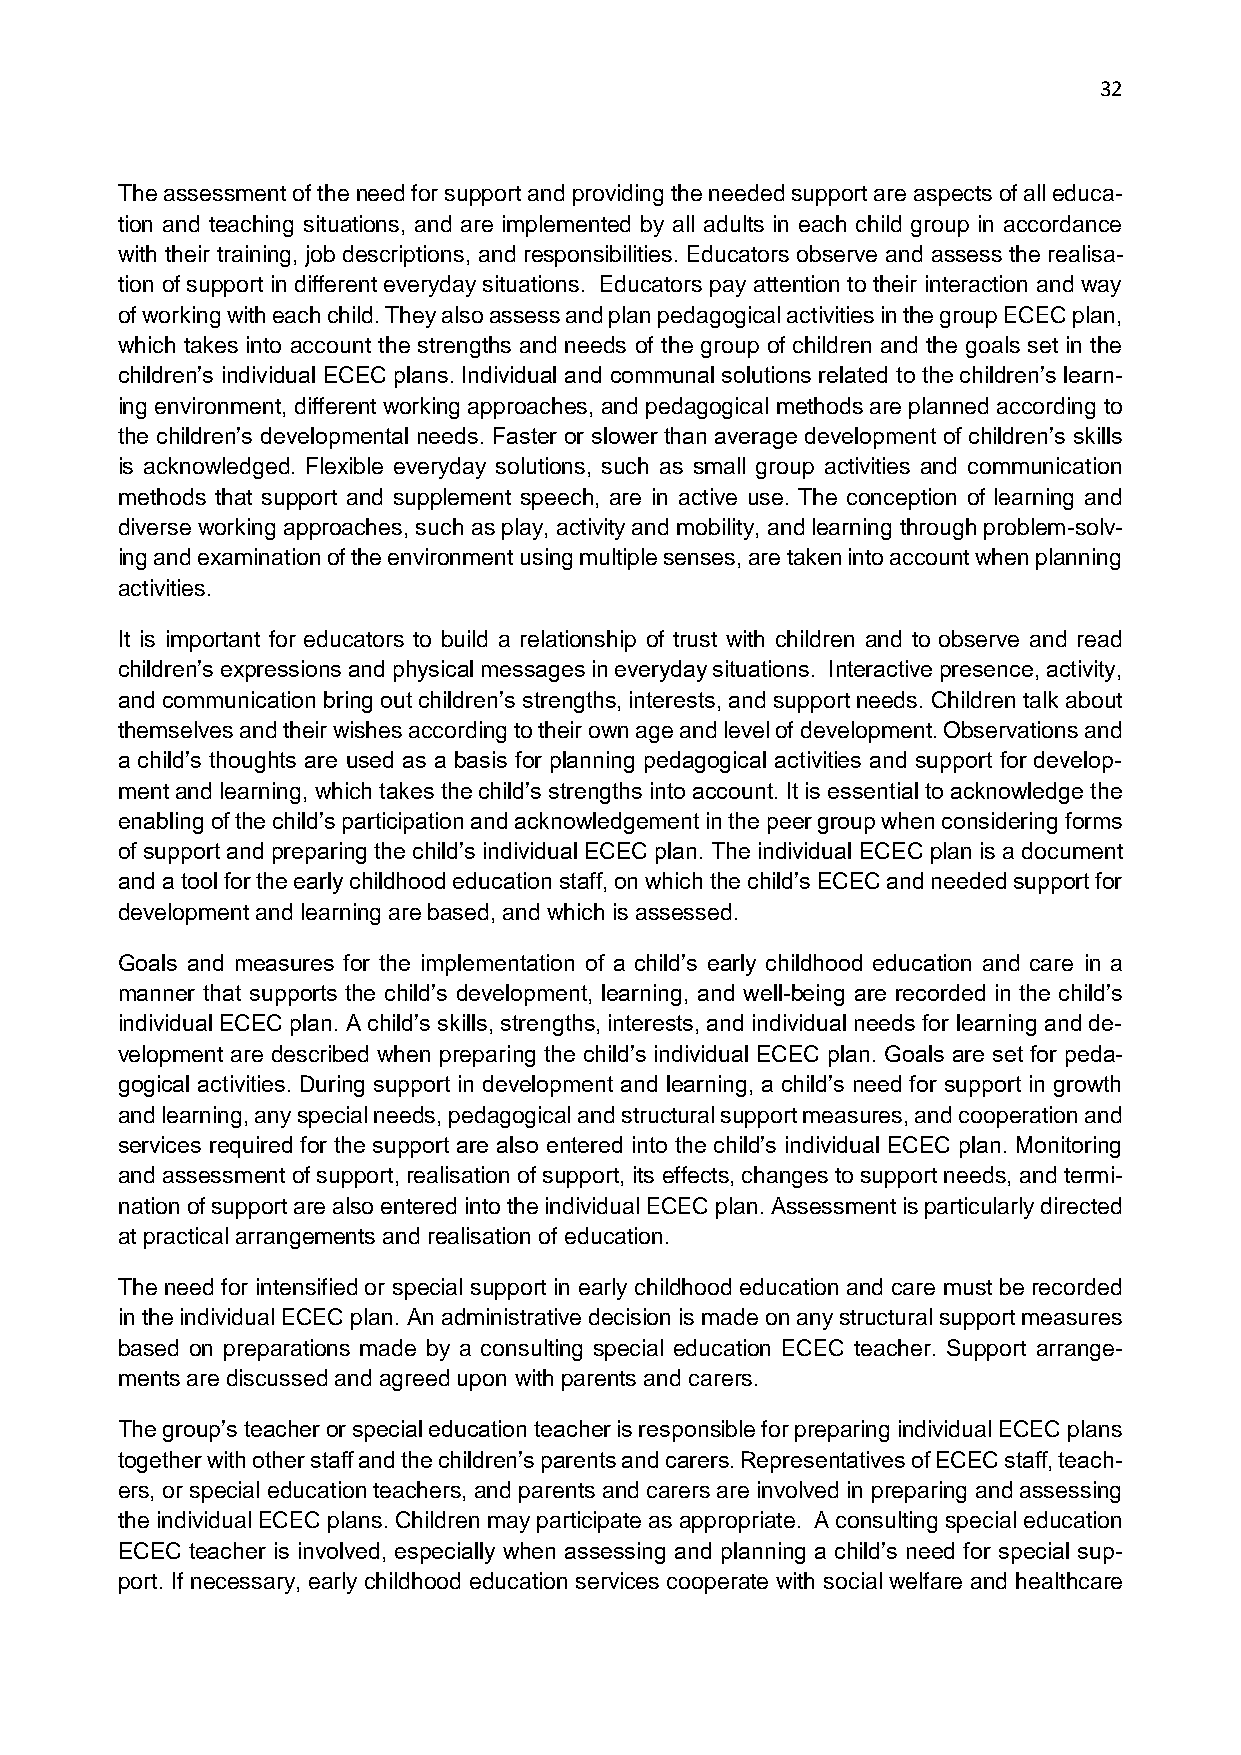
32
 The assessment of the need for support and providing the needed support are aspects of all educa-
 tion and teaching situations, and are implemented by all adults in each child group in accordance
 with their training, job descriptions, and responsibilities. Educators observe and assess the realisa-
 tion of support in different everyday situations. Educators pay attention to their interaction and way
 of working with each child. They also assess and plan pedagogical activities in the group ECEC plan,
 which takes into account the strengths and needs of the group of children and the goals set in the
 children’s individual ECEC plans. Individual and communal solutions related to the children’s learn-
 ing environment, different working approaches, and pedagogical methods are planned according to
 the children’s developmental needs. Faster or slower than average development of children’s skills
 is acknowledged. Flexible everyday solutions, such as small group activities and communication
 methods that support and supplement speech, are in active use. The conception of learning and
 diverse working approaches, such as play, activity and mobility, and learning through problem-solv-
 ing and examination of the environment using multiple senses, are taken into account when planning
 activities.
 It is important for educators to build a relationship of trust with children and to observe and read
 children’s expressions and physical messages in everyday situations. Interactive presence, activity,
 and communication bring out children’s strengths, interests, and support needs. Children talk about
 themselves and their wishes according to their own age and level of development. Observations and
 a child’s thoughts are used as a basis for planning pedagogical activities and support for develop-
 ment and learning, which takes the child’s strengths into account. It is essential to acknowledge the
 enabling of the child’s participation and acknowledgement in the peer group when considering forms
 of support and preparing the child’s individual ECEC plan. The individual ECEC plan is a document
 and a tool for the early childhood education staff, on which the child’s ECEC and needed support for
 development and learning are based, and which is assessed.
 Goals and measures for the implementation of a child’s early childhood education and care in a
 manner that supports the child’s development, learning, and well-being are recorded in the child’s
 individual ECEC plan. A child’s skills, strengths, interests, and individual needs for learning and de-
 velopment are described when preparing the child’s individual ECEC plan. Goals are set for peda-
 gogical activities. During support in development and learning, a child’s need for support in growth
 and learning, any special needs, pedagogical and structural support measures, and cooperation and
 services required for the support are also entered into the child’s individual ECEC plan. Monitoring
 and assessment of support, realisation of support, its effects, changes to support needs, and termi-
 nation of support are also entered into the individual ECEC plan. Assessment is particularly directed
 at practical arrangements and realisation of education.
 The need for intensified or special support in early childhood education and care must be recorded
 in the individual ECEC plan. An administrative decision is made on any structural support measures
 based on preparations made by a consulting special education ECEC teacher. Support arrange-
 ments are discussed and agreed upon with parents and carers.
 The group’s teacher or special education teacher is responsible for preparing individual ECEC plans
 together with other staff and the children’s parents and carers. Representatives of ECEC staff, teach-
 ers, or special education teachers, and parents and carers are involved in preparing and assessing
 the individual ECEC plans. Children may participate as appropriate. A consulting special education
 ECEC teacher is involved, especially when assessing and planning a child’s need for special sup-
 port. If necessary, early childhood education services cooperate with social welfare and healthcare